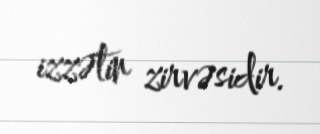
izzətin zirvəsidir.